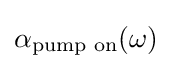
\alpha _{\text{pump on}}(\omega )